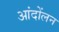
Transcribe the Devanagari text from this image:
आंदोंलन